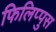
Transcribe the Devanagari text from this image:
फिलिप्पुस